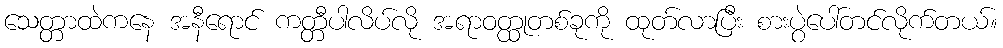
သေတ္တာထဲကနေ အနီရောင် ကတ္တီပါလိပ်လို အရာဝတ္ထုတစ်ခုကို ထုတ်လာပြီး စားပွဲပေါ်တင်လိုက်တယ်။